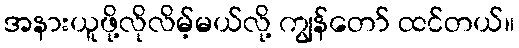
အနားယူဖို့လိုလိမ့်မယ်လို့ ကျွန်တော် ထင်တယ်။